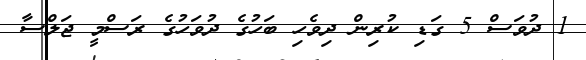
1 ދުވަސް 5 ގަޑި ކުރިން ދިވެހި ބަހުގެ ދުވަހުގެ ރަސްމީ ޖަލްސާ